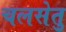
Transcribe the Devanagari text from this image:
चलसेतु